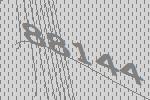
88144